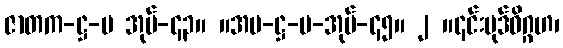
ဇာတက-ဋ္ဌ-ပ အုပ်-၄၃။ ။အပ-ဋ္ဌ-ပ-အုပ်-၄၅။ ၂ ။၎င်းပုဒ်ဝိဂ္ဂဟ၊